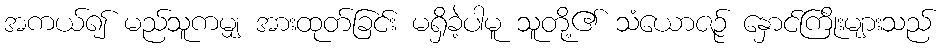
အကယ်၍ မည်သူကမျှ အားထုတ်ခြင်း မရှိခဲ့ပါမူ သူတို့၏ သံယောဇဉ် နှောင်ကြိုးများသည်